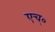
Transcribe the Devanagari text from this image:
एच्‌०